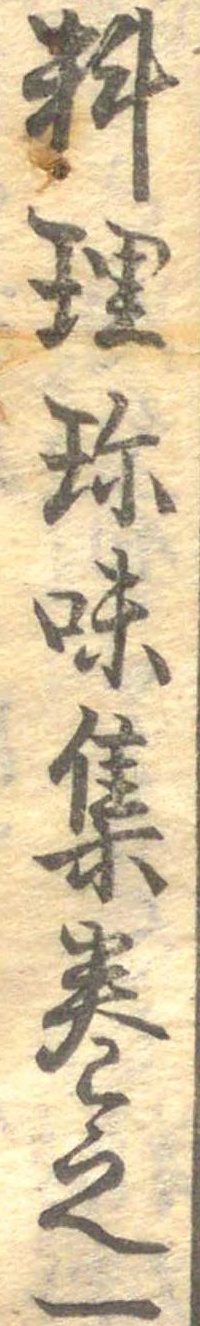
料理珍味集巻之一